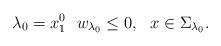
LaTeX: \begin{align*}\lambda_0=x_1^0 ~~w_{\lambda_0}\leq0,~~x\in\Sigma_{\lambda_0}.\end{align*}